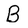
Character: B